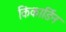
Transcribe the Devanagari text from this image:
किंकार्डिन